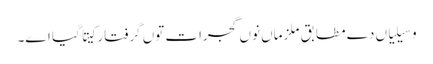
وسیلیاں دے مطابق ملزماں نوں گجرات توں گرفتار کیتا گیا اے۔